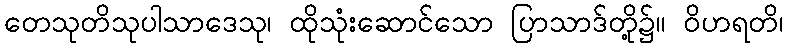
တေသုတိသုပါသာဒေသု၊ ထိုသုံးဆောင်သော ပြာသာဒ်တို့၌။ ဝိဟရတိ၊